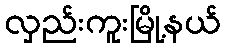
လှည်းကူးမြို့နယ်